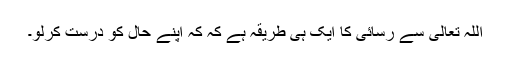
اللہ تعالیٰ سے رسائی کا ایک ہی طریقہ ہے کہ کہ اپنے حال کو درست کرلو۔